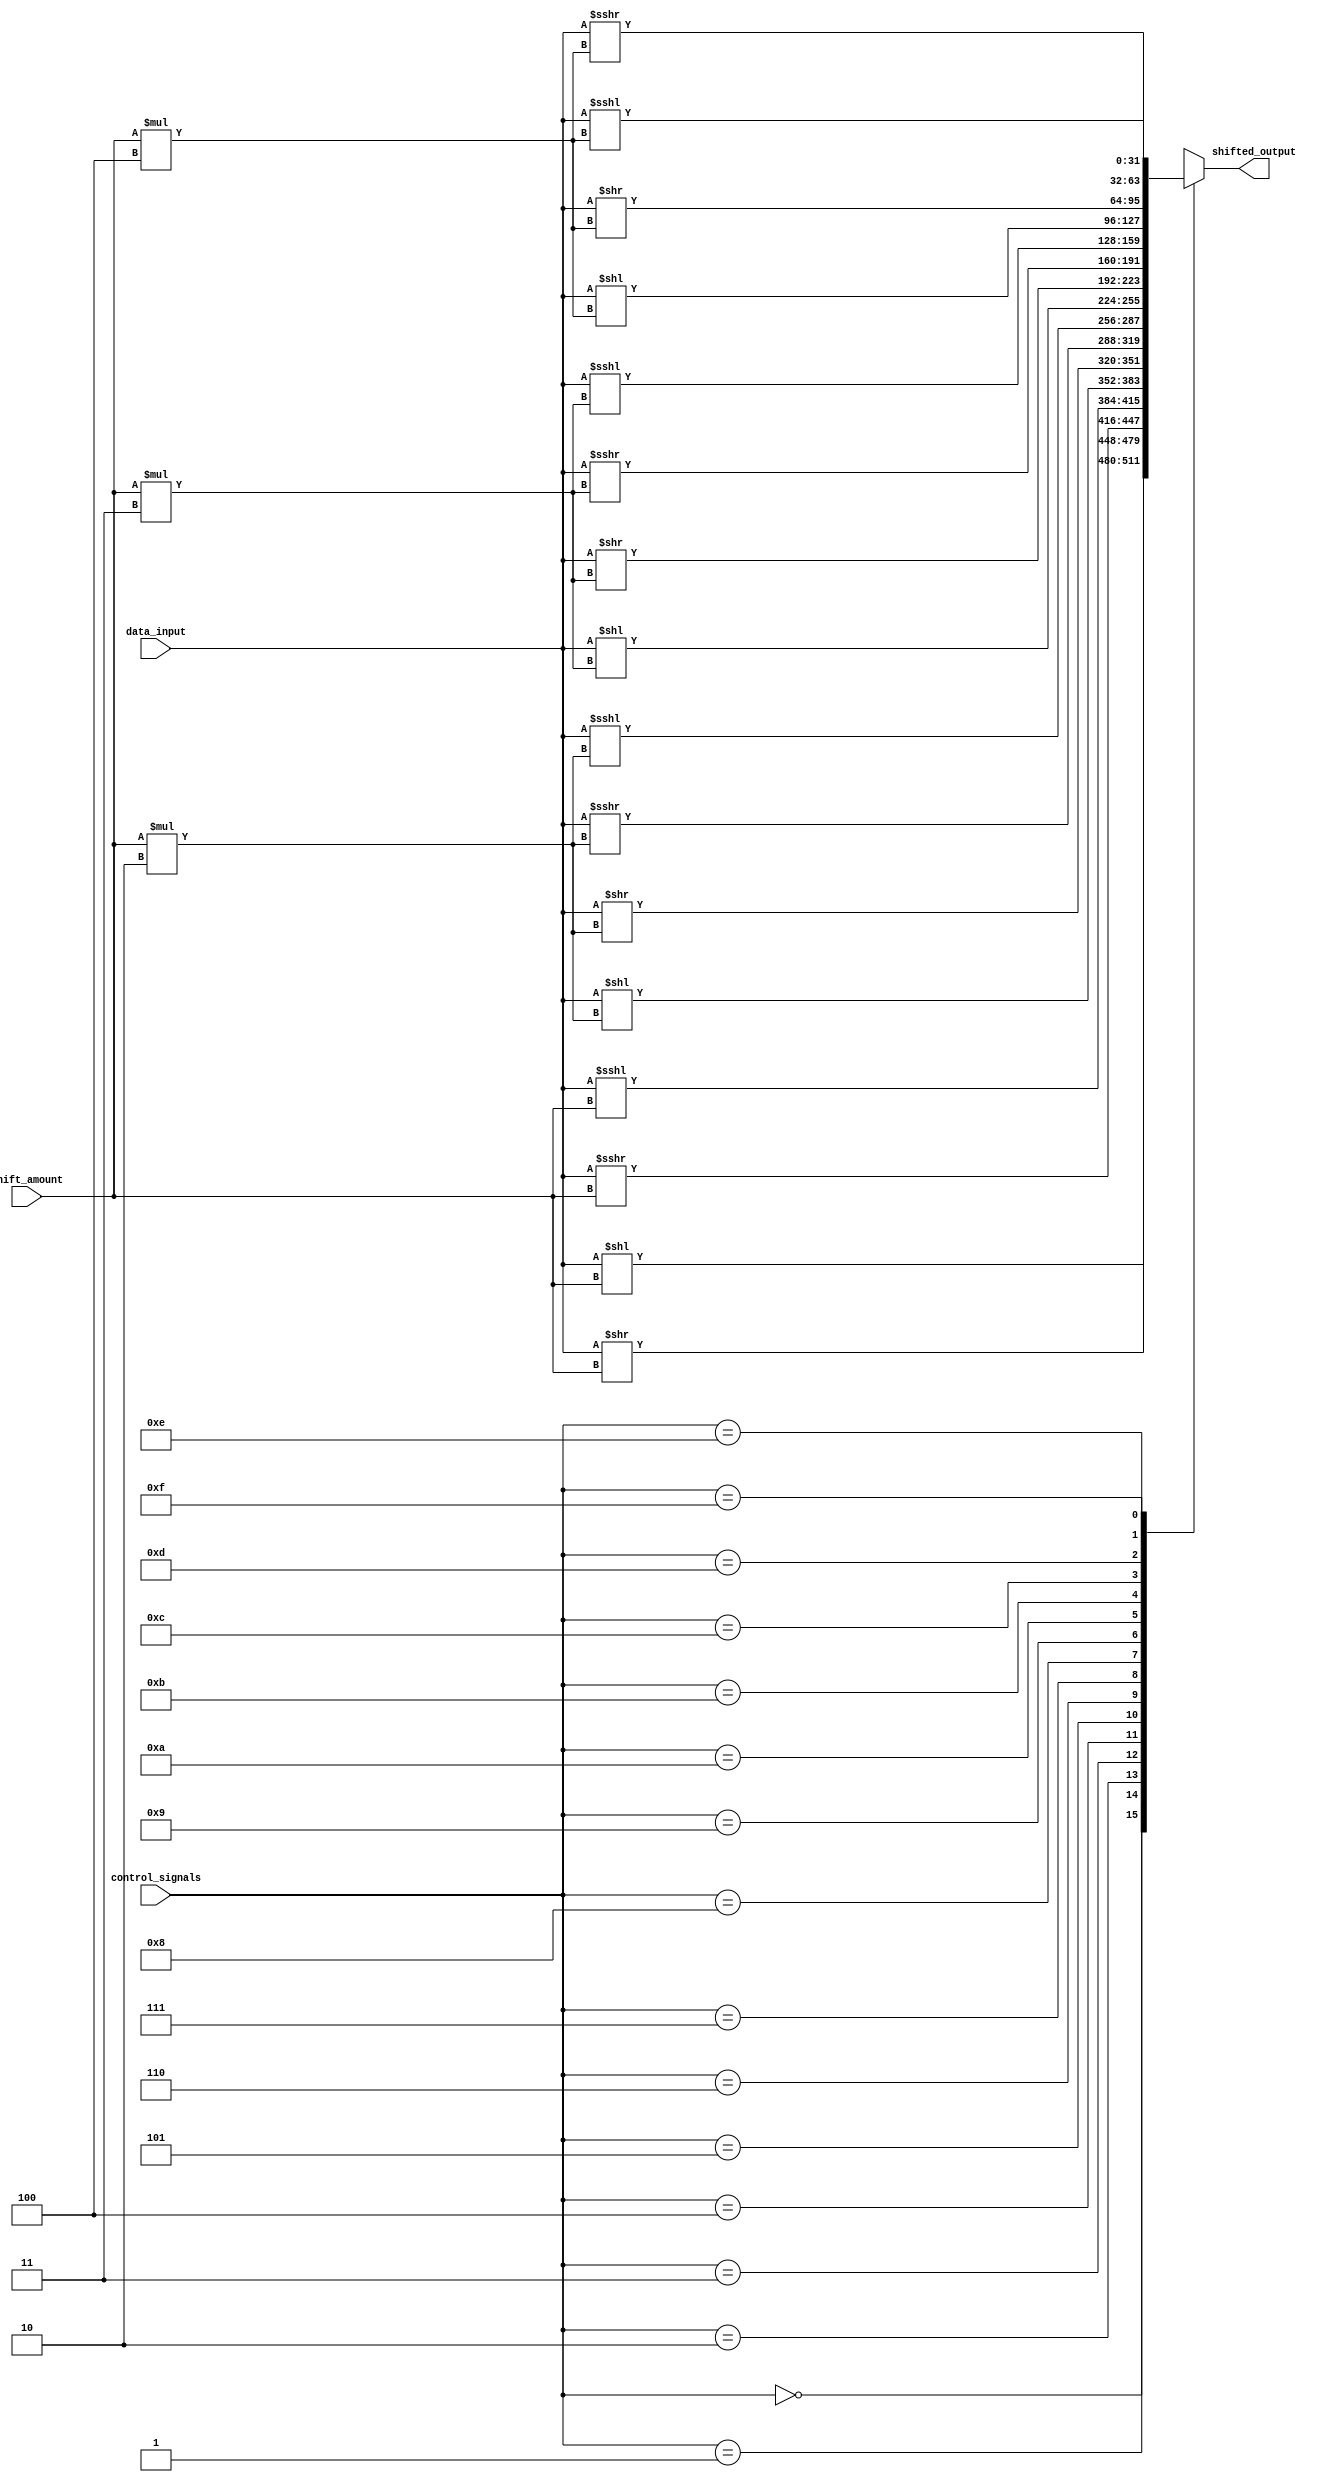
module HybridBarrelShifter (
    input [31:0] data_input,
    input [4:0] shift_amount,
    input [3:0] control_signals,
    output reg [31:0] shifted_output
);

reg [31:0] temp;
always @ (*) begin
    case (control_signals)
        4'b0000: temp = data_input << shift_amount;
        4'b0001: temp = data_input >> shift_amount;
        4'b0010: temp = data_input >>> shift_amount;
        4'b0011: temp = data_input <<< shift_amount;
        4'b0100: temp = data_input << (shift_amount * 2);
        4'b0101: temp = data_input >> (shift_amount * 2);
        4'b0110: temp = data_input >>> (shift_amount * 2);
        4'b0111: temp = data_input <<< (shift_amount * 2);
        4'b1000: temp = data_input << (shift_amount * 3);
        4'b1001: temp = data_input >> (shift_amount * 3);
        4'b1010: temp = data_input >>> (shift_amount * 3);
        4'b1011: temp = data_input <<< (shift_amount * 3);
        4'b1100: temp = data_input << (shift_amount * 4);
        4'b1101: temp = data_input >> (shift_amount * 4);
        4'b1110: temp = data_input >>> (shift_amount * 4);
        4'b1111: temp = data_input <<< (shift_amount * 4);
        default: temp = 0; // Default case
    endcase
end

always @ (*) begin
    shifted_output = temp;
end

endmodule